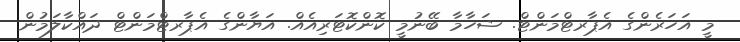
މީ އަހަރެންގެ އެޕާރޓްމަންޓް. ޝަހާމާ ބޭނުމީ ކޮންކޮޓަރިއެއް. އަޔާންގެ އެޕާރޓްމަންޓް ދައްކާލަމުން